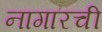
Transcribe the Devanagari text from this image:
नागारची